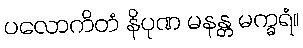
ပလောကိတံ နိပုဏ မနန္တ မက္ခရံ။